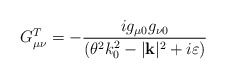
\begin{align*}G^{T}_{\mu \nu }=-\frac{ig_{\mu 0}g_{\nu 0}}{(\theta ^{2}k^{2}_{0}-|\mathbf{k}|^{2}+i\varepsilon )}\end{align*}